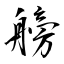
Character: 艕